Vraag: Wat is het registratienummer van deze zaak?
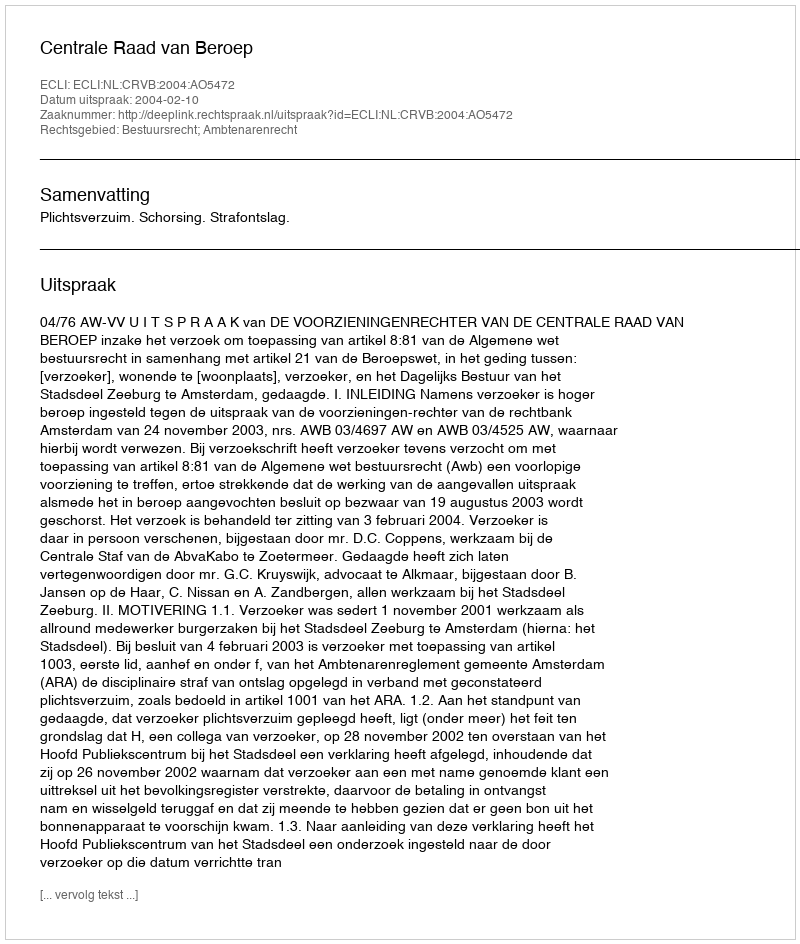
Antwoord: http://deeplink.rechtspraak.nl/uitspraak?id=ECLI:NL:CRVB:2004:AO5472